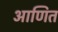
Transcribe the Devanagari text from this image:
आणित